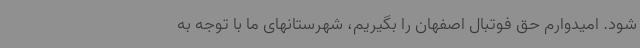
شود. امیدوارم حق فوتبال اصفهان را بگیریم، شهرستانهای ما با توجه به